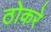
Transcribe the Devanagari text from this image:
ठोकरे